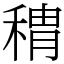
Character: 䅢